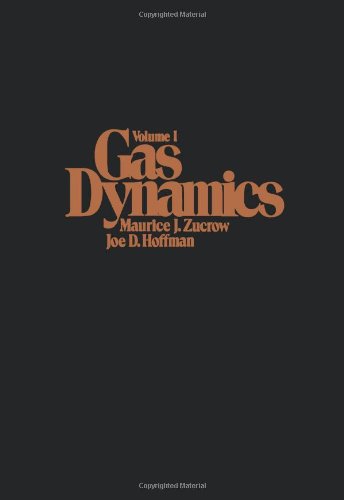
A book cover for Gas Dynamics, Volume 1; Maurice J. Zucrow; Science & Math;